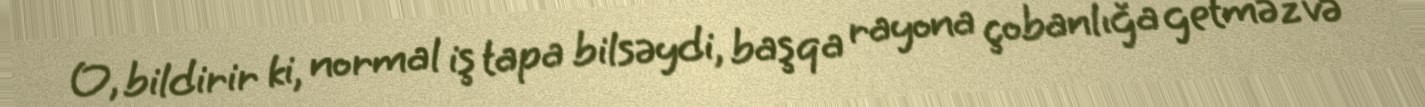
O, bildirir ki, normal iş tapa bilsəydi, başqa rayona çobanlığa getməz və